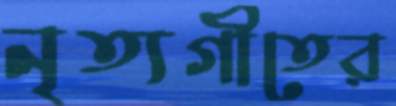
নৃত্যগীতের